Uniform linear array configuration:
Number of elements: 64
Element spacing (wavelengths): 0.5
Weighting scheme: hamming
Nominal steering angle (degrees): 45
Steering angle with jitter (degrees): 43.183
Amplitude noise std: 0.05
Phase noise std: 0.05

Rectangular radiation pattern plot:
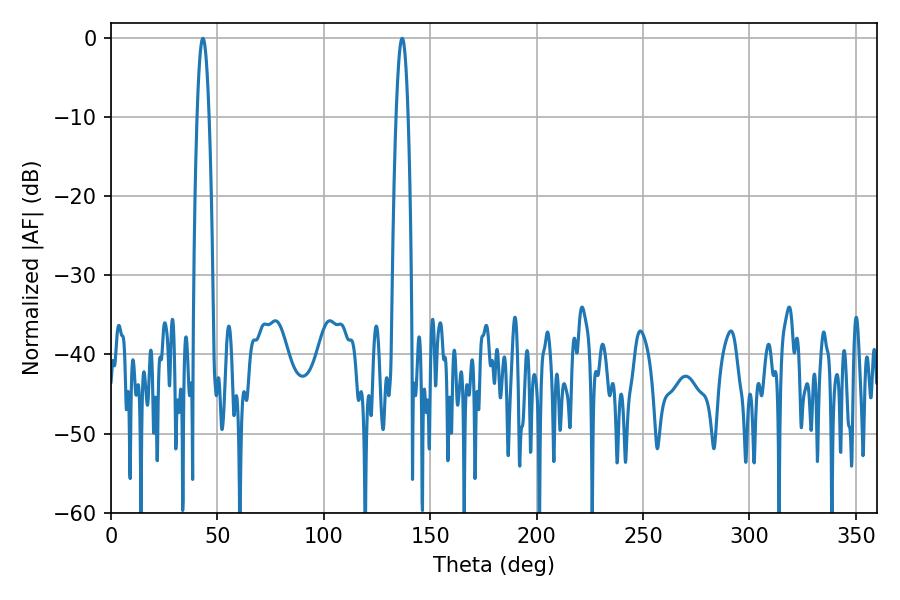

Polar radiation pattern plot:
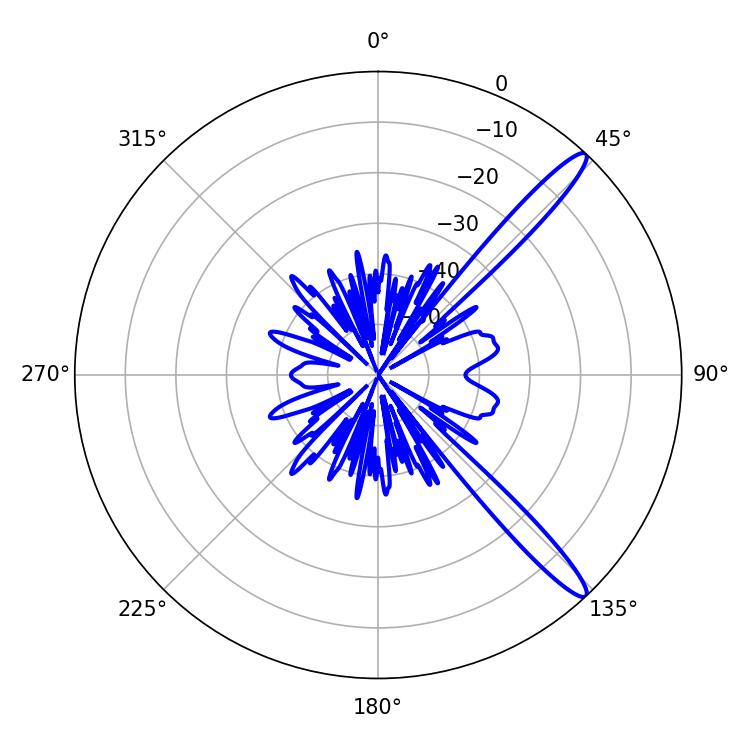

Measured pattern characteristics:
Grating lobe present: FALSE
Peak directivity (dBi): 13.927
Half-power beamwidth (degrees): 2.88
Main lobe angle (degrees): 136.8